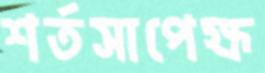
শর্তসাপেক্ষ